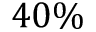
4 0 \%